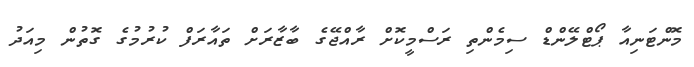
މޮންޓަނިއާ ޕޯޓްލޭންޑް ސިމެންތި ރަސްމީކޮށް ރާއްޖޭގެ ބާޒާރަށް ތައާރަފް ކުރުމުގެ ގޮތުން މިއަދު